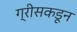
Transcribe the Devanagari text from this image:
ग्रीसकडून